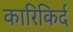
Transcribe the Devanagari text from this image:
कारिकिर्द